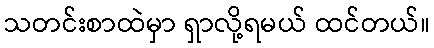
သတင်းစာထဲမှာ ရှာလို့ရမယ် ထင်တယ်။